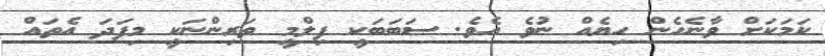
ކަމަކަށް ވާނެހެން ހިޔެއް ނުވެ އެވެ. ސަބަބަކީ ފިލްމީ ތަރިންނަކީ މިފަދަ އެތައް